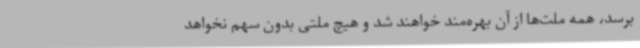
برسد، همه ملت‌ها از آن بهره‌مند خواهند شد و هیچ ملتی بدون سهم نخواهد